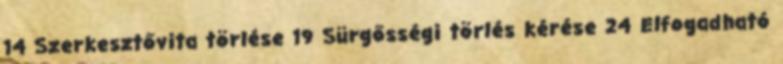
14 Szerkesztővita törlése 19 Sürgősségi törlés kérése 24 Elfogadható